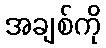
အချစ်ကို